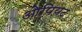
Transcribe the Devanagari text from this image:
ओपियट